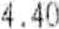
4.40